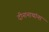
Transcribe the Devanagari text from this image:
दीनानाथांना